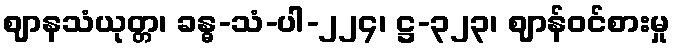
ဈာနသံယုတ္တ၊ ခန္ဓ-သံ-ပါ-၂၂၄၊ ဋ္ဌ-၃၂၃၊ ဈာန်ဝင်စားမှု